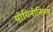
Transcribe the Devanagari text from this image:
योगिनीनिजय